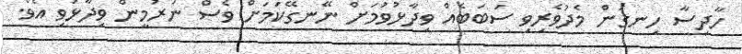
ހާދިސާ ހިނގަން މެދުވެރިވި ސަބަބެއް ވިދާޅުވުމަށް ނޭނގޭކަމަށް ވެސް ނަރުމީން ވިދާޅުވި އެވެ.